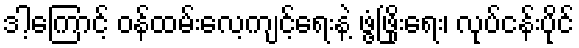
ဒါ့ကြောင့် ဝန်ထမ်းလေ့ကျင့်ရေးနဲ့ ဖွံ့ဖြိုးရေး၊ လုပ်ငန်းပိုင်